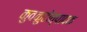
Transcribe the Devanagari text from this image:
कुवकुटोत्पादक